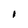
Character: I